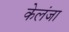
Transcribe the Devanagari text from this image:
केलंजा